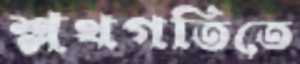
শ্লথগতিতে